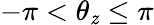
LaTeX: -\pi<\theta_{\mathit{z}}\leq\pi